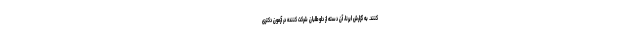
کنند. به گزارش ایرنا، آن دسته از داوطلبان شرکت کننده در آزمون دکتری